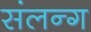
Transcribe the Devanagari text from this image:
संलन्ग